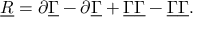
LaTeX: \underline { { { R } } } = \partial \underline { { { \Gamma } } } - \partial \underline { { { \Gamma } } } + { \underline { { { \Gamma } } } } \underline { { { \Gamma } } } - { \underline { { { \Gamma } } } } \underline { { { \Gamma } } } .